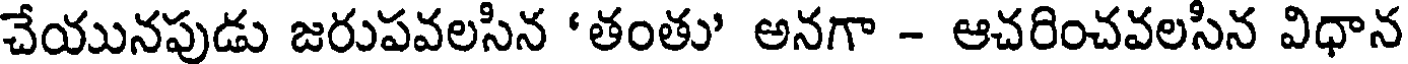
చేయునపుడు జరుపవలసిన 'తంతు' అనగా - ఆచరించవలసిన విధాన